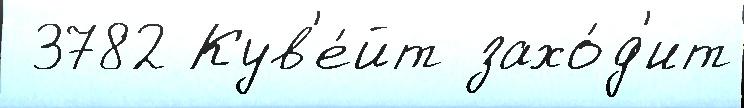
 3782 Кув'е́йт захо́д'ит